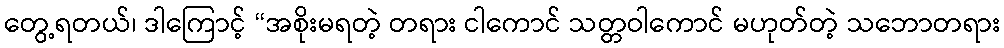
တွေ့ရတယ်၊ ဒါကြောင့် “အစိုးမရတဲ့ တရား ငါကောင် သတ္တဝါကောင် မဟုတ်တဲ့ သဘောတရား